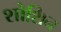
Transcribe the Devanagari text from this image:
शोशिन